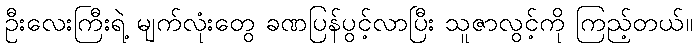
ဦးလေးကြီးရဲ့ မျက်လုံးတွေ ခဏပြန်ပွင့်လာပြီး သူဇာလွင့်ကို ကြည့်တယ်။